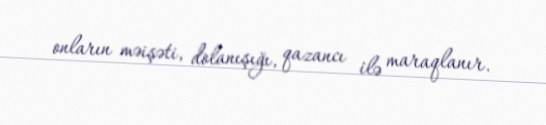
onların məişəti, dolanışığı, qazancı ilə maraqlanır.